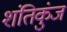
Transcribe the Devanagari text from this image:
शंतिकुंज